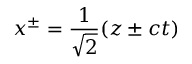
x ^ { \pm } = { \frac { 1 } { \sqrt { 2 } } } ( z \pm c t )